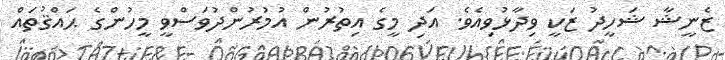
ޒެނީޝާ ޝަހީދު ޒަކީ ވިދާޅުވިއެވެ. އަދި މީގެ އިތުރުން އުމުރުންދުވަސްވީ މީހުންގެ ޙައްޤުތައް